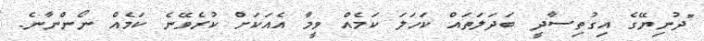
"ދުނިޔޭގެ އިގުތިސާދީ ބަދަލަތައް ކަހަލަ ކަމެއް ވީމާ އެެއަކަށް ކުރެވޭނެ ކަމެއް ނޯންނާނެ.